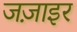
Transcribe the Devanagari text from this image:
जज़ाइर